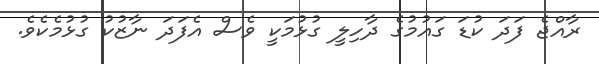
ރާއްޖެ ފަދަ ކުޑަ ގައުމުގެ ދާހިލީ ގުޅުމަކީ ވެސް އެފަދަ ނާޒުކު ގުޅުމެކެވެ.